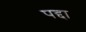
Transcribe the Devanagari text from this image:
पद्दा